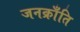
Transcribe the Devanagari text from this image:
जनक्राँति